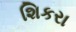
શિકરા